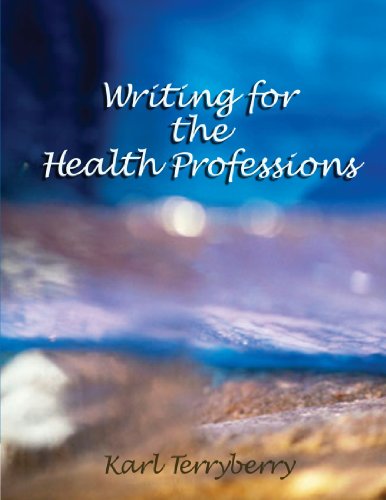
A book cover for Writing for the Health Professions (Math and Writing for Health Science); Karl Terryberry; Reference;